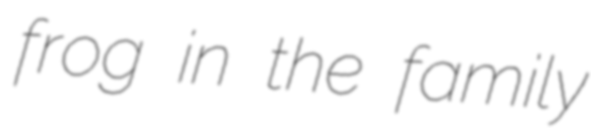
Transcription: frog in the family